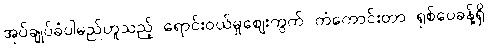
အုပ်ချုပ်ခံပါမည်ဟူသည့် ရောင်းဝယ်မှုဈေးကွက် ကံကောင်းတာ ရှစ်ပေခန့်ရှိ